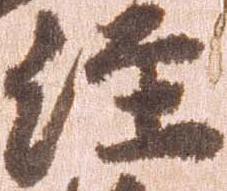
経